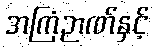
အကြံဉာဏ်နှင့်